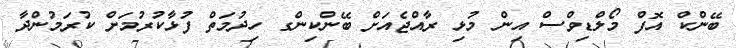
ބޭންކް އޮފް މޯލްޑިވްސް އިން މުޅި ރާއްޖެއަށް ބޭންކިންގ ހިދުމަތް ފުޅާކުރުމަށް ކުރަމުންދާ